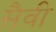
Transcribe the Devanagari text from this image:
सैवी